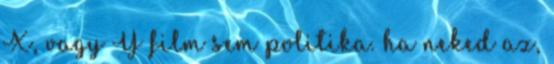
X, vagy Y film sem politika. ha neked az,